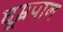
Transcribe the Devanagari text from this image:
घूम्रपान